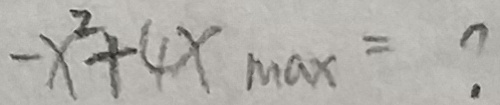
- x ^ { 2 } + 4 x _ { \max } = ?